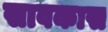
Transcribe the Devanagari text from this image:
सावकास